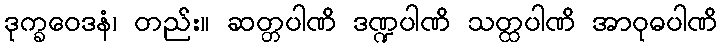
ဒုက္ခဝေဒနံ၊ တည်း။ ဆတ္တပါဏိ ဒဏ္ဍပါဏိ သတ္ထပါဏိ အာဝုဓပါဏိ